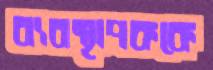
ব্যবস্থাপককে